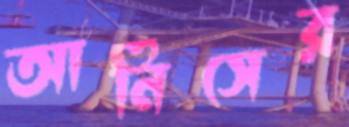
আনিসের